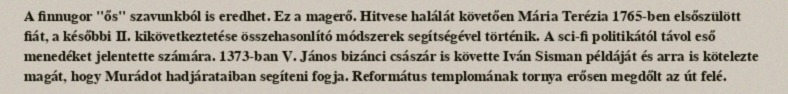
A finnugor "ős" szavunkból is eredhet. Ez a magerő. Hitvese halálát követően Mária Terézia 1765-ben elsőszülött fiát, a későbbi II. kikövetkeztetése összehasonlító módszerek segítségével történik. A sci-fi politikától távol eső menedéket jelentette számára. 1373-ban V. János bizánci császár is követte Iván Sisman példáját és arra is kötelezte magát, hogy Murádot hadjárataiban segíteni fogja. Református templomának tornya erősen megdőlt az út felé.